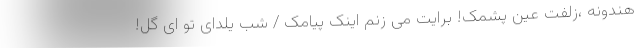
هندونه ،زلفت عین پشمک! برایت می زنم اینک پیامک / شب یلدای تو ای گل!